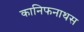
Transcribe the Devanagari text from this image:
कानिफनाथस